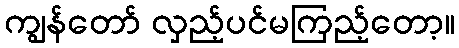
ကျွန်တော် လှည့်ပင်မကြည့်တော့။